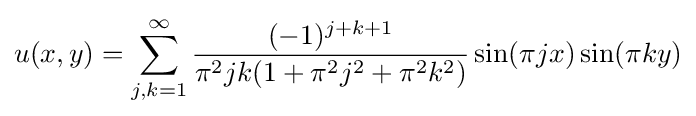
u(x,y)=\sum _{j,k=1}^{\infty }{(-1)^{j+k+1} \over \pi ^{2}jk(1+\pi ^{2}j^{2}+\pi ^{2}k^{2})}\sin(\pi jx)\sin(\pi ky)